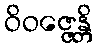
ဝိဝဇ္ဇေန္တိ